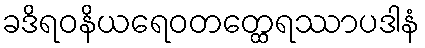
ခဒိရဝနိယရေဝတတ္ထေရဿာပဒါနံ